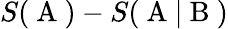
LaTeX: S(\mathrm{~A~})-S(\mathrm{~A~}|\mathrm{~B~})